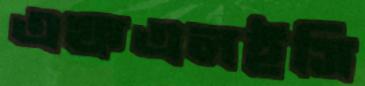
এফএলইসি